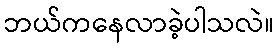
ဘယ်ကနေလာခဲ့ပါသလဲ။